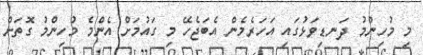
މި މުހިންމު ދަނޑިވަޅުގައި އަހަރެެމެން އެބަޖެހޭ މި ގައުމަށް އެންމެ މުހިންމު ގޮތަށް